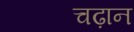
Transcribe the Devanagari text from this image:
चढ़ान